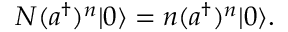
N ( a ^ { \dagger } ) ^ { n } | 0 \rangle = n ( a ^ { \dagger } ) ^ { n } | 0 \rangle .